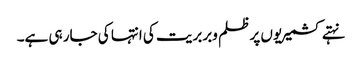
نہتے کشمیریوں پر ظلم وبربریت کی انتہا کی جار ہی ہے۔